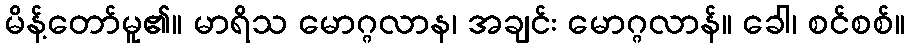
မိန့်တော်မူ၏။ မာရိသ မောဂ္ဂလာန၊ အချင်း မောဂ္ဂလာန်။ ခေါ၊ စင်စစ်။